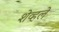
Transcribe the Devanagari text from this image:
शेव्हले